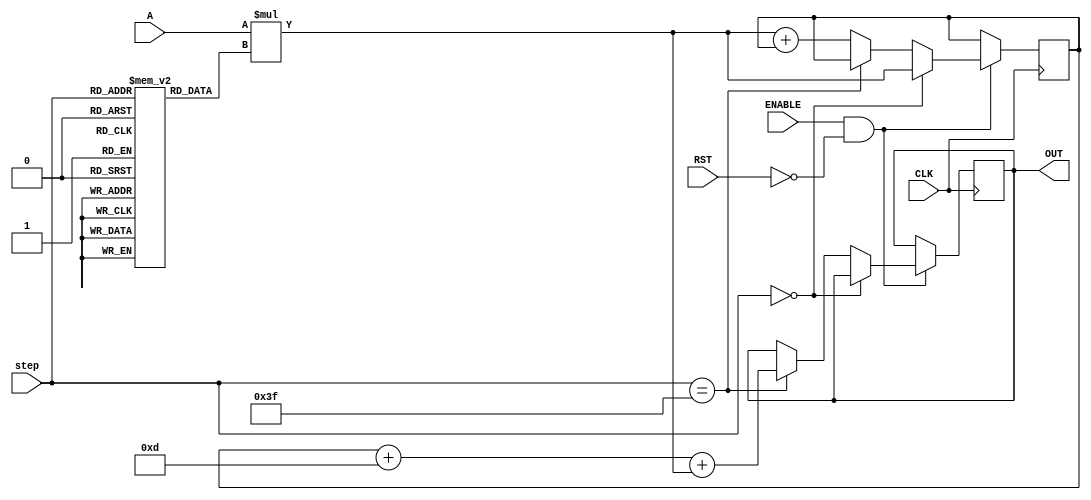
// This program was cloned from: https://github.com/ilaydayaman/CNN_for_SLR
// License: BSD 2-Clause "Simplified" License

`timescale 1ns / 1ps

module NODE_2(
input signed [35:0] A,
input [5:0] step,
input CLK,
input ENABLE,
input RST,
output reg signed [39:0] OUT //16-bit output
    );
    
reg signed [39:0] accumulator = 40'd0; //store the matrix mult here
reg signed [8:0] weights [63:0]; //store the weights here
reg signed [7:0] bias; //store node bias here

initial begin
   weights[0]<=9'b110100111;
   weights[1]<=9'b111110100;
   weights[2]<=9'b111110010;
   weights[3]<=9'b001000011;
   weights[4]<=9'b000011010;
   weights[5]<=9'b111101111;
   weights[6]<=9'b111010100;
   weights[7]<=9'b000011000;
   weights[8]<=9'b000010000;
   weights[9]<=9'b111011111;
   weights[10]<=9'b111111000;
   weights[11]<=9'b111110001;
   weights[12]<=9'b111111100;
   weights[13]<=9'b000000110;
   weights[14]<=9'b000000101;
   weights[15]<=9'b000000101;
   weights[16]<=9'b111111100;
   weights[17]<=9'b111101000;
   weights[18]<=9'b000000010;
   weights[19]<=9'b000001011;
   weights[20]<=9'b000010010;
   weights[21]<=9'b110011010;
   weights[22]<=9'b000010101;
   weights[23]<=9'b110111110;
   weights[24]<=9'b111110111;
   weights[25]<=9'b000110100;
   weights[26]<=9'b000001001;
   weights[27]<=9'b111111001;
   weights[28]<=9'b111100000;
   weights[29]<=9'b000010010;
   weights[30]<=9'b000011011;
   weights[31]<=9'b000100001;
   weights[32]<=9'b000101011;
   weights[33]<=9'b000110011;
   weights[34]<=9'b110100110;
   weights[35]<=9'b111101111;
   weights[36]<=9'b000011000;
   weights[37]<=9'b111011110;
   weights[38]<=9'b111001110;
   weights[39]<=9'b000001000;
   weights[40]<=9'b000000111;
   weights[41]<=9'b000010000;
   weights[42]<=9'b000001000;
   weights[43]<=9'b000011111;
   weights[44]<=9'b111001100;
   weights[45]<=9'b111001110;
   weights[46]<=9'b111101101;
   weights[47]<=9'b000011111;
   weights[48]<=9'b000000110;
   weights[49]<=9'b000001110;
   weights[50]<=9'b000001011;
   weights[51]<=9'b111111110;
   weights[52]<=9'b111101110;
   weights[53]<=9'b111101011;
   weights[54]<=9'b000100111;
   weights[55]<=9'b000001011;
   weights[56]<=9'b111110010;
   weights[57]<=9'b111110010;
   weights[58]<=9'b000001111;
   weights[59]<=9'b111101001;
   weights[60]<=9'b111111100;
   weights[61]<=9'b111100010;
   weights[62]<=9'b000000111;
   weights[63]<=9'b110111000;
   bias<=8'b00001101;
 end
 
 always @ ( posedge CLK )
 begin
    if( ENABLE == 1 && RST == 0 )
    begin
        if ( step == 0 )
        begin
            accumulator <=  A * weights[step];
        end
        else if( step == 63 )
        begin
            OUT <= accumulator + bias + A * weights[step];
        end else accumulator <=  A * weights[step] + accumulator;
    end
 end

endmodule